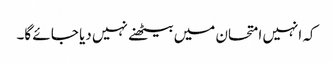
کہ انہیں امتحان میں بیٹھنے نہیں دیا جا ئے گا۔